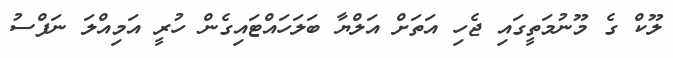
ލޫކް ގެ މޫނުމަތީގައި ޖެހި އަތަށް އަލްޔާ ބަލަހައްޓައިގެން ހުރީ އަމިއްލަ ނަފްސު